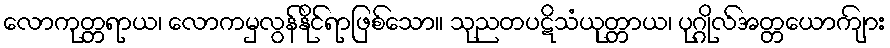
လောကုတ္တရာယ၊ လောကမှလွန်နိုင်ရာဖြစ်သော။ သုညတပဋိသံယုတ္တာယ၊ ပုဂ္ဂိုလ်အတ္တယောကျ်ား